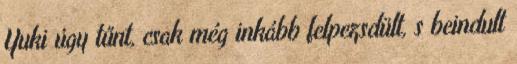
Yuki úgy tűnt, csak még inkább felpezsdült, s beindult